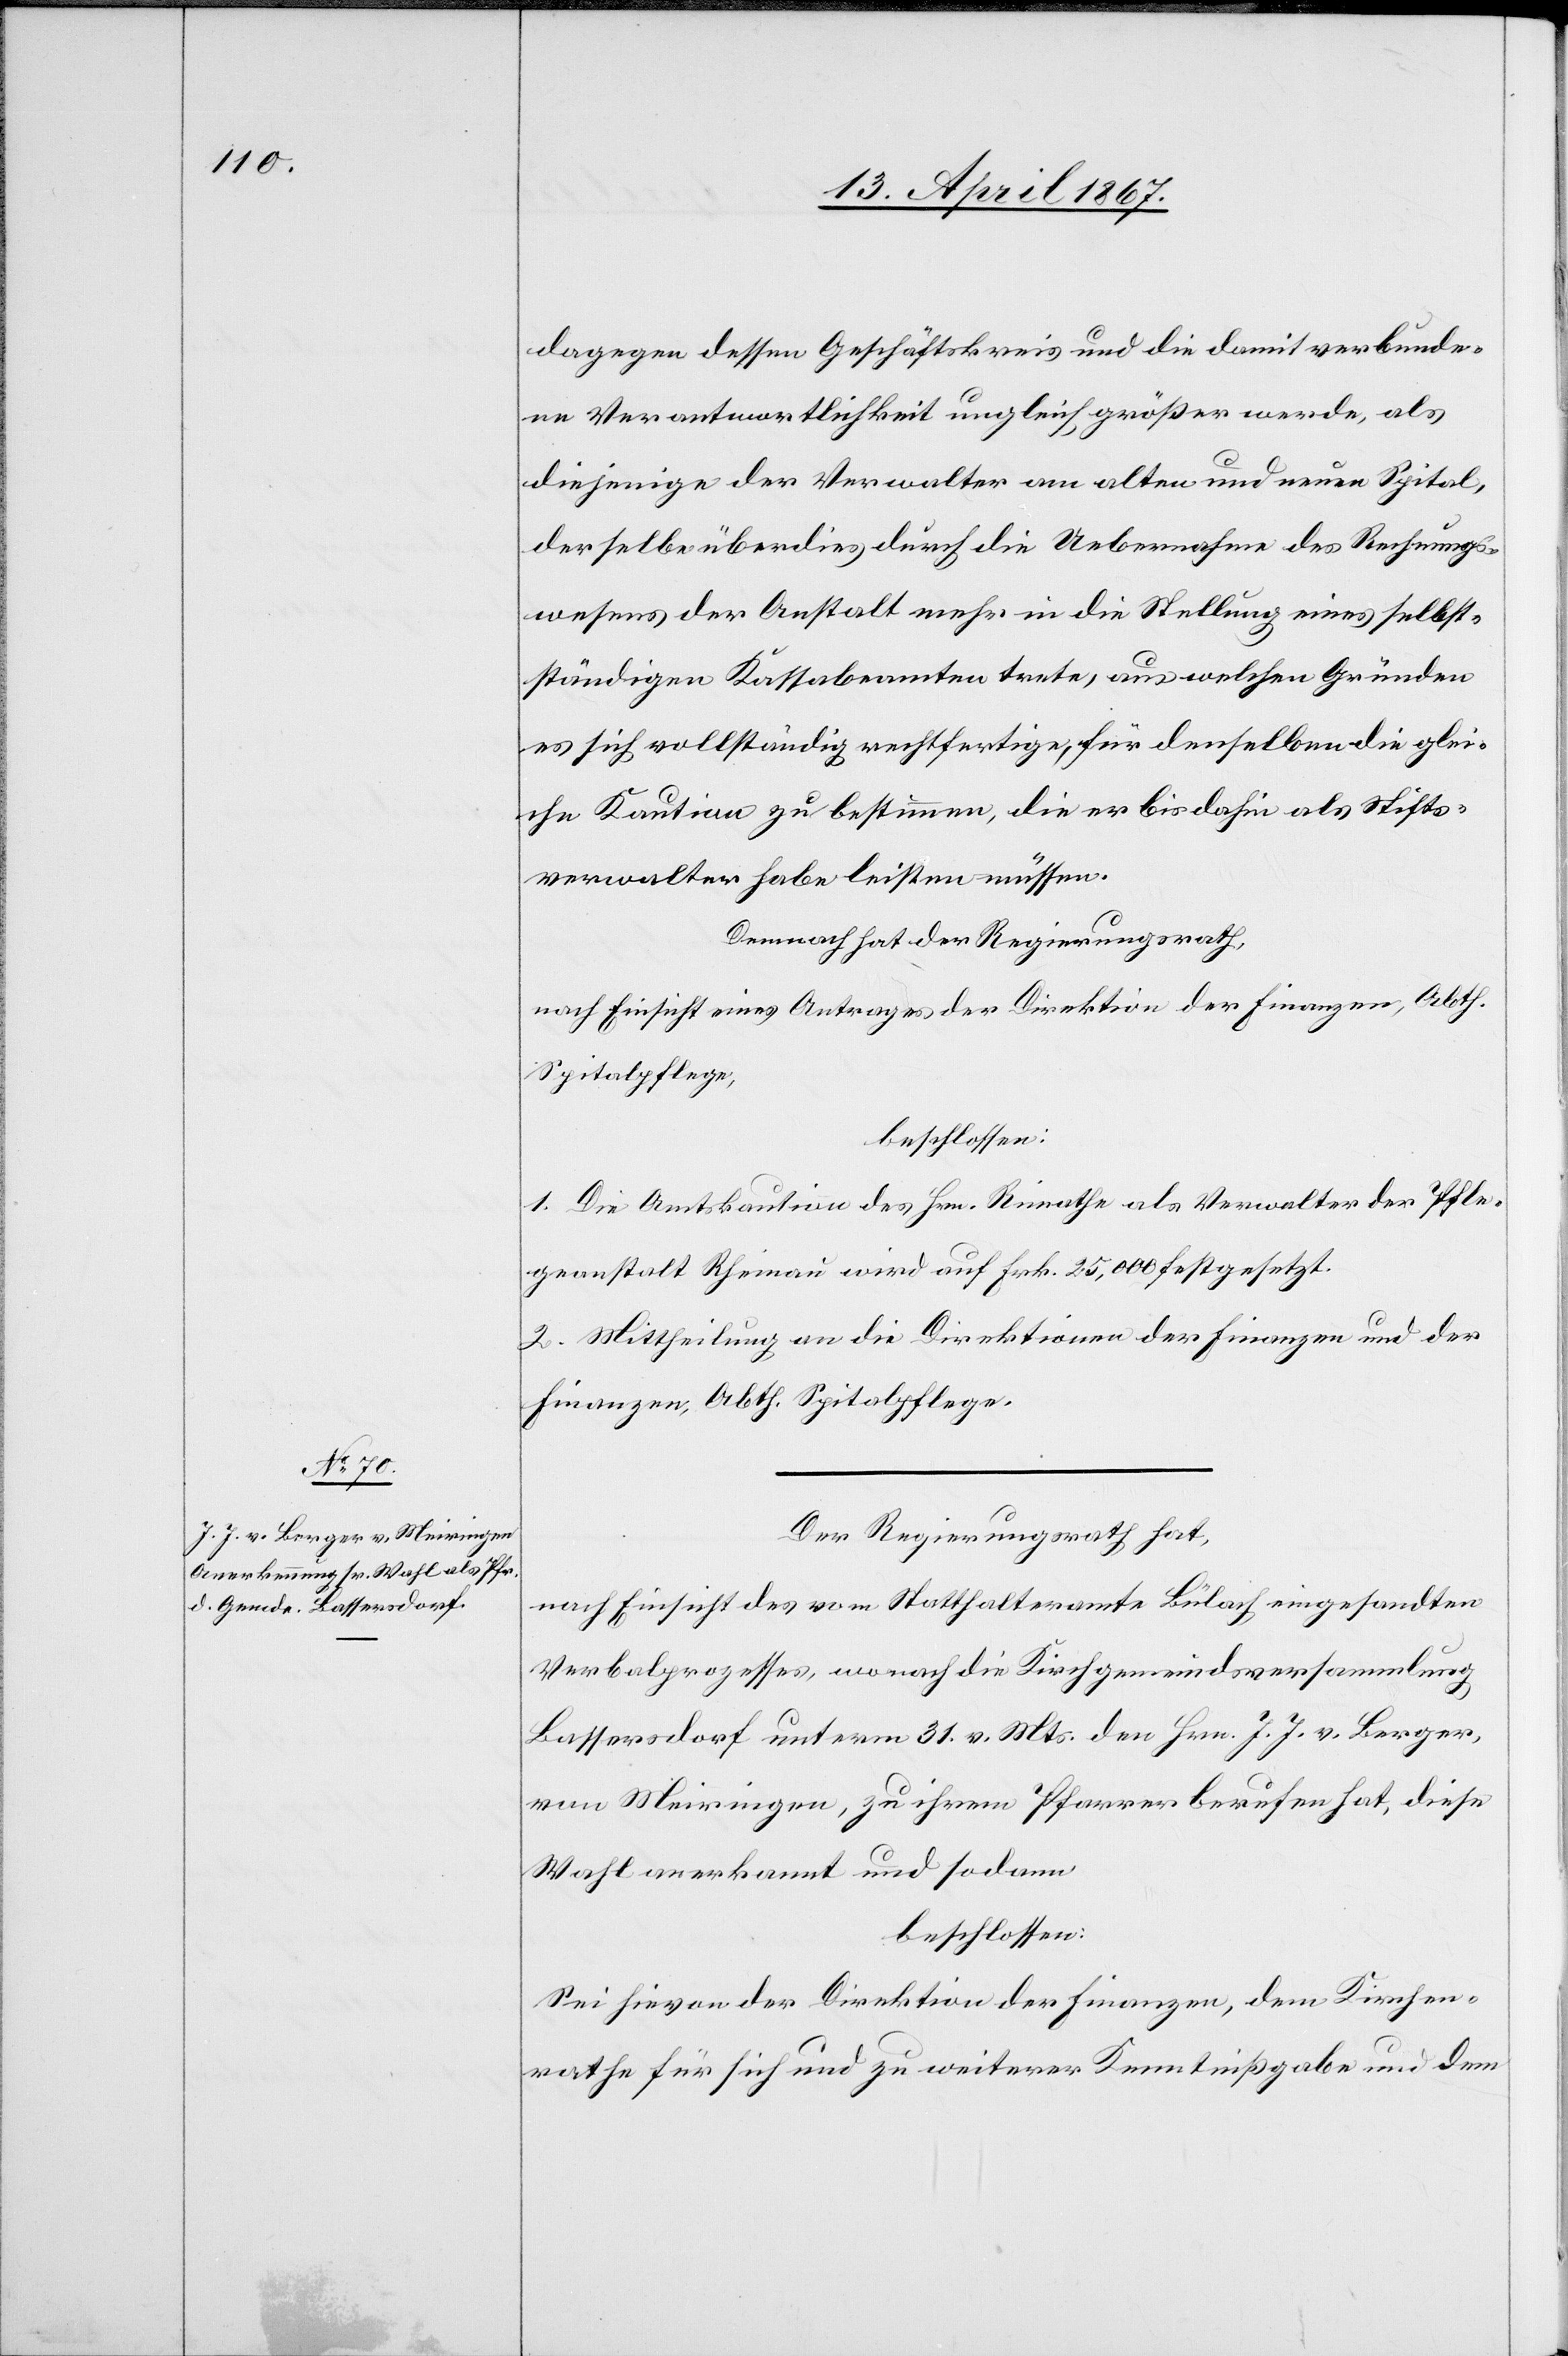
dagegen dessen Geschäftskreis und die damit verbunde¬
ne Verantwortlichkeit ungleich größer werde, als
diejenige der Verwalter am alten und neuen Spital,
derselbe überdies durch die Uebernahme des Rechnungs¬
wesens der Anstalt mehr in die Stellung eines selbst¬
ständigen Kassabeamten trete, aus welchen Gründen
es sich vollständig rechtfertige, für denselben die glei¬
che Kaution zu bestimmen, die er bis dahin als Stifts¬
verwalter habe leisten müssen.
Demnach hat der Regierungsrath,
nach Einsicht eines Antrages der Direktion der Finanzen, Abth.
Spitalpflege,
beschlossen:
1. Die Amtskaution des Hrn. Rimathe als Verwalter der Pfle¬
geanstalt Rheinau wird auf Frk. 25,000 festgesetzt.
2. Mittheilung an die Direktionen der Finanzen und der
Finanzen, Abth. Spitalpflege.
Der Regierungsrath hat,
nach Einsicht des vom Statthalteramte Bülach eingesandten
Verbalprozesses, wonach die Kirchgemeindsversammlung
Bassersdorf unterm 31. v. Mts. den Hrn. J. J. Berger,
von Meiringen, zu ihrem Pfarrer berufen hat, diese
Wahl anerkannt und sodann
beschlossen:
Sei hievon der Direktion der Finanzen, dem Kirchen¬
rathe für sich und zu weiterer Kenntnißgabe und dem